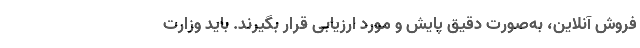
فروش آنلاین، به‌صورت دقیق پایش و مورد ارزیابی قرار بگیرند. باید وزارت